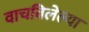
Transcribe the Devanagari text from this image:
वाचविलेल्या